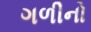
ગળીનો